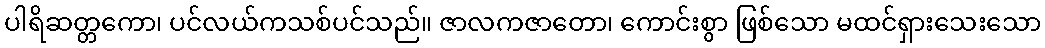
ပါရိဆတ္တကော၊ ပင်လယ်ကသစ်ပင်သည်။ ဇာလကဇာတော၊ ကောင်းစွာ ဖြစ်သော မထင်ရှားသေးသော